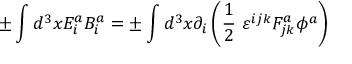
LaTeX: \pm \int d ^ { 3 } x E _ { i } ^ { a } B _ { i } ^ { a } = \pm \int d ^ { 3 } x \partial _ { i } \left( \frac { 1 } { 2 } \ \varepsilon ^ { i j k } F _ { j k } ^ { a } \phi ^ { a } \right)